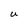
Character: U